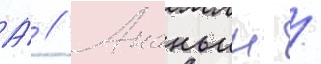
А́ // Ананьин /